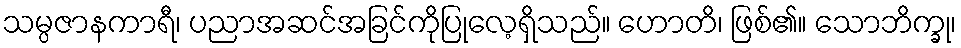
သမ္ပဇာနကာရီ၊ ပညာအဆင်အခြင်ကိုပြုလေ့ရှိသည်။ ဟောတိ၊ ဖြစ်၏။ သောဘိက္ခု၊